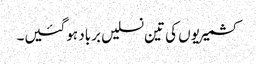
کشمیریوں کی تین نسلیں برباد ہوگئیں۔